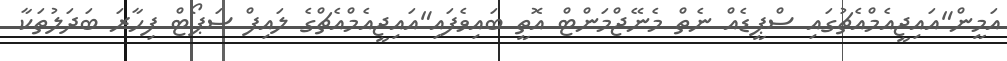
އަމީން"އައިޖީއެމްއެޗުގައި ސްޕީޑެއް ނެތް މެނޭޖްމަންޓް އޮތީ ބައިވެފައި"އައިޖީއެމްއެޗްގެ ލައިފް ސަޕޯޓް ފިހާރަ ބަދަލުތަކާ